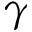
\gamma